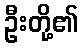
ဦးတို့၏